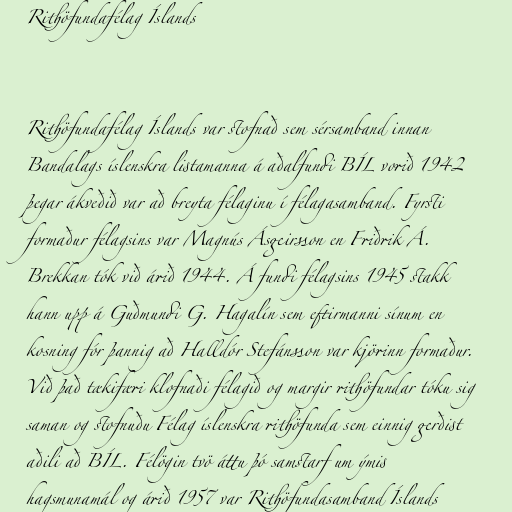
Rithöfundafélag Íslands

Rithöfundafélag Íslands var stofnað sem sérsamband innan
Bandalags íslenskra listamanna á aðalfundi BÍL vorið 1942
þegar ákveðið var að breyta félaginu í félagasamband. Fyrsti
formaður félagsins var Magnús Ásgeirsson en Friðrik Á.
Brekkan tók við árið 1944. Á fundi félagsins 1945 stakk
hann upp á Guðmundi G. Hagalín sem eftirmanni sínum en
kosning fór þannig að Halldór Stefánsson var kjörinn formaður.
Við það tækifæri klofnaði félagið og margir rithöfundar tóku sig
saman og stofnuðu Félag íslenskra rithöfunda sem einnig gerðist
aðili að BÍL. Félögin tvö áttu þó samstarf um ýmis
hagsmunamál og árið 1957 var Rithöfundasamband Íslands